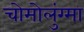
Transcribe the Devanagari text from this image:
चोमोलुंग्मा